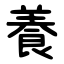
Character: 養